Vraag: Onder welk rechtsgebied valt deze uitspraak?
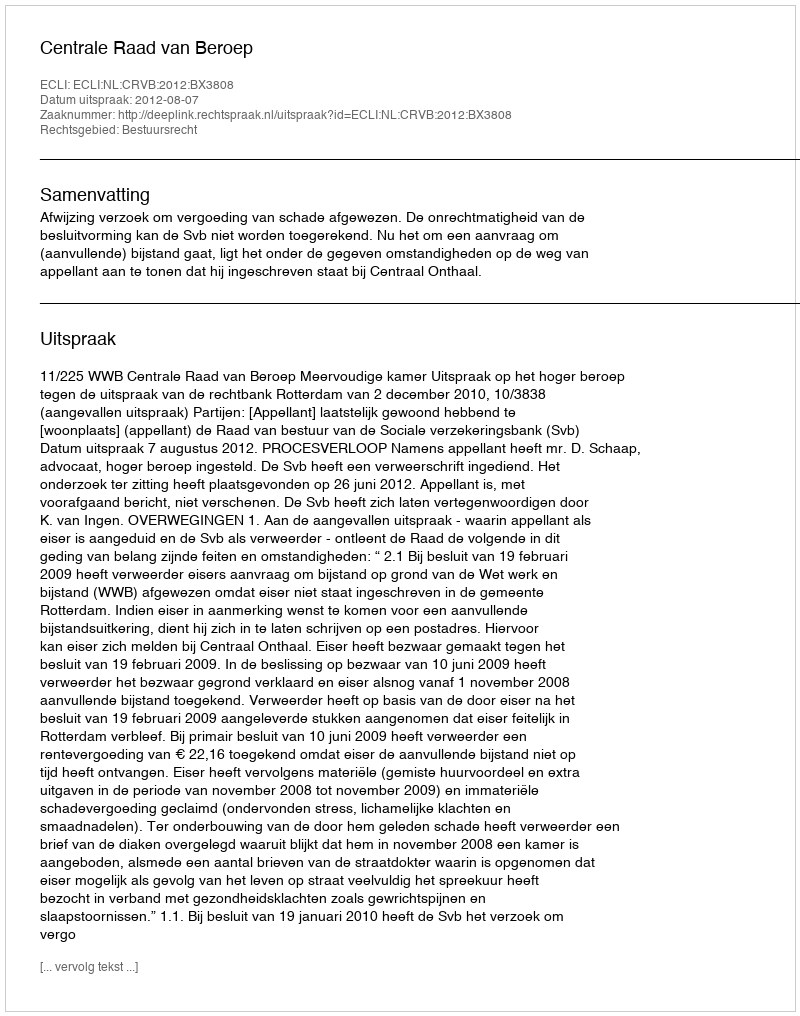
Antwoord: Bestuursrecht